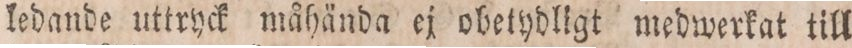
ledande uttryck måhända ej obetydligt medwerkat till